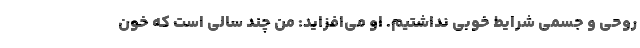
روحی و جسمی شرایط خوبی نداشتیم. او می‌افزاید: من چند سالی است که خون